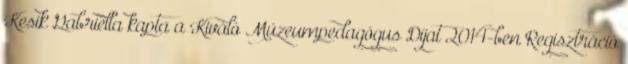
Kesik Gabriella kapta a Kiváló Múzeumpedagógus Díjat 2014-ben Regisztráció